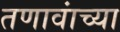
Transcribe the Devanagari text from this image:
तणावांच्या